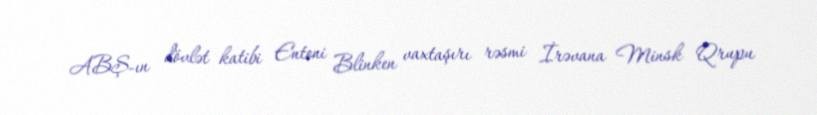
ABŞ-ın dövlət katibi Entoni Blinken vaxtaşırı rəsmi İrəvana Minsk Qrupu